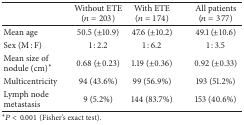
<table><thead><tr><td><b> </b></td><td><b>Without ETE (<i>n</i> = 203) </b></td><td><b>With ETE (<i>n</i> = 174) </b></td><td><b>All patients (<i>n</i> = 377) </b></td></tr></thead><tbody><tr><td>Mean age</td><td>50.5 (±10.9) </td><td>47.6 (±10.2) </td><td>49.1 (±10.6) </td></tr><tr><td>Sex (M : F)</td><td>1 : 2.2 </td><td>1 : 6.2 </td><td>1 : 3.5 </td></tr><tr><td>Mean size of nodule (cm)<sup>*</sup></td><td>0.68 (±0.23) </td><td>1.19 (±0.36) </td><td>0.92 (±0.33) </td></tr><tr><td>Multicentricity</td><td>94 (43.6%) </td><td>99 (56.9%) </td><td>193 (51.2%) </td></tr><tr><td>Lymph node metastasis</td><td>9 (5.2%)</td><td>144 (83.7%) </td><td>153 (40.6%) </td></tr></tbody></table>